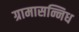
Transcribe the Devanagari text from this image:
ग्रामासन्निध